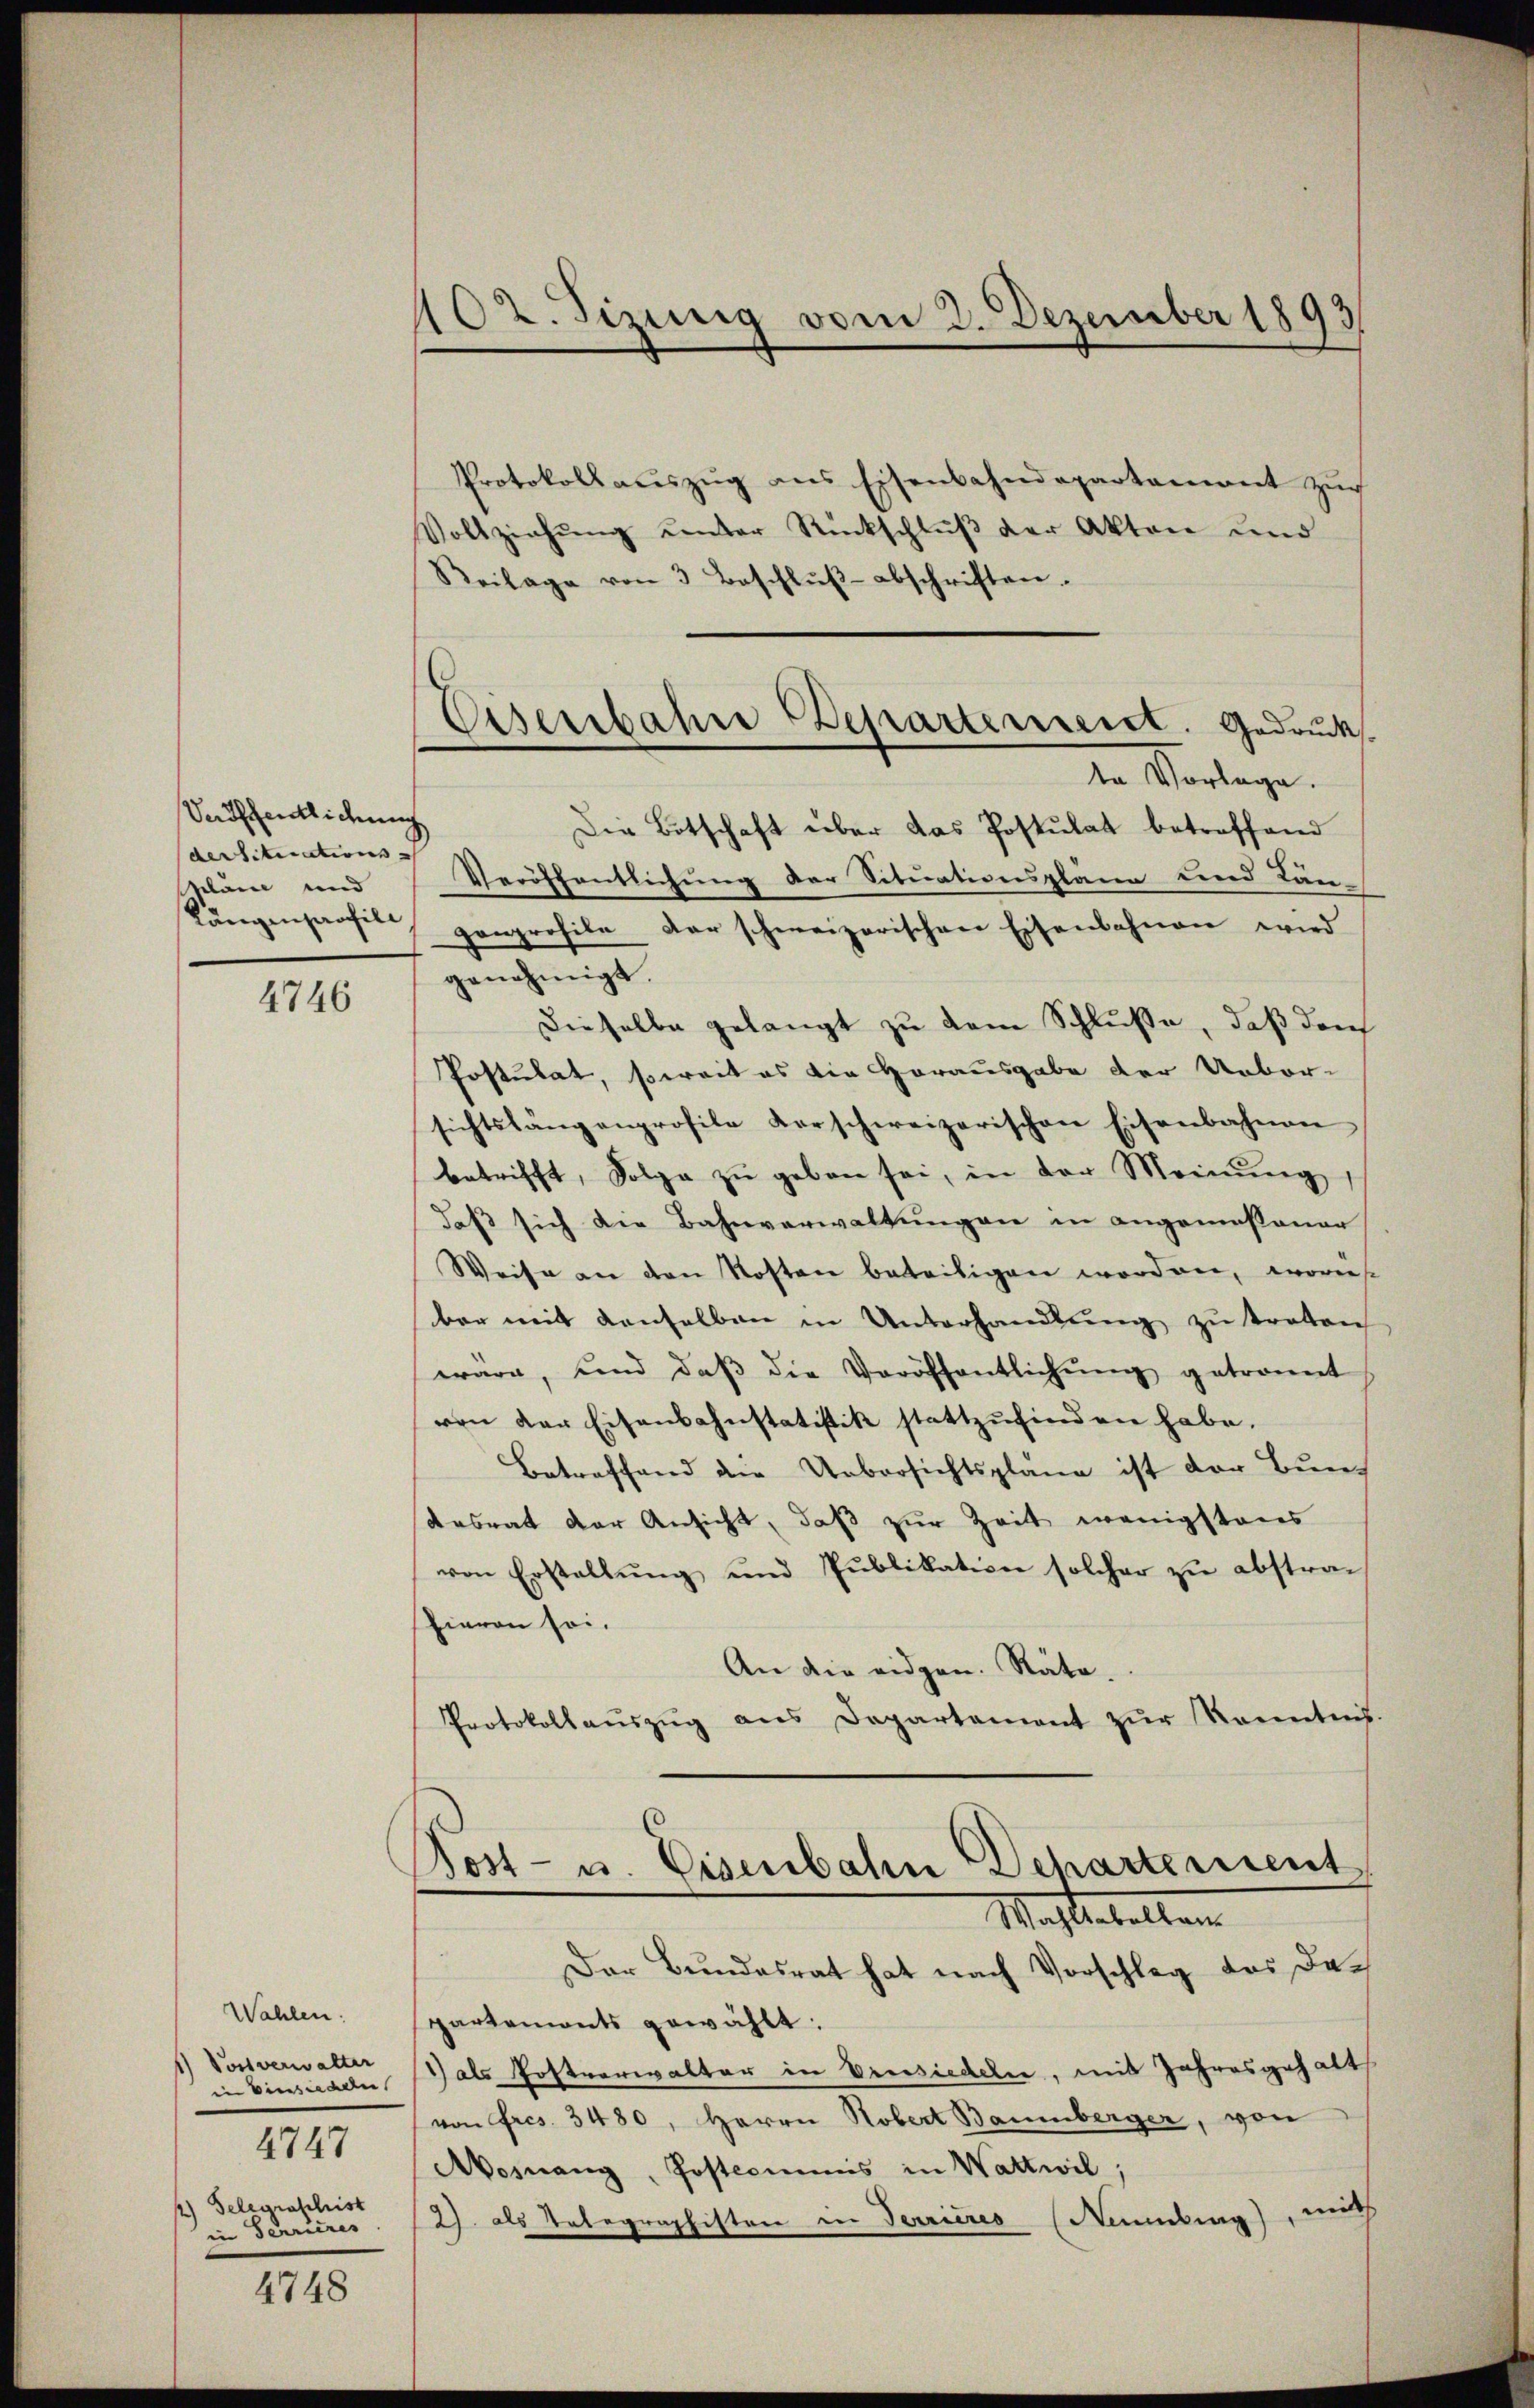
Seöffentlichung
der Situations-
pläne und
Längenpaafili

4746

Wahlen.
1) Vorverwalter
in Dienstalten |
4747
2) Gelegraschist
in Terrieres

4748

102. Sizung vom 3. Dezember 1893
1

Eisenbahre Departement. Gedruck
In Vorlage.
Die Botschaft über das Postulat betreffend

Protokoll aŭszŭg ans Eisenbahndepartament zŭr
Vollziehŭng ŭnter Rückschlŭβ der Akten und
Reilage von 3 Beschlŭβ- abschriften.
Veröffentlichung der Situationsplane und Län-
ganprofile der schweizerischen Eisenbahnen wird
genehmigt.
Dieselbe gelangt zu dem Schluße, daß der
Postulat, soweit es die Horausgabe der Ueber-
sichtslängenprofile Vorschweizerischen Eisenbahnen
betrifft, Folge zŭ geben sei, in der Meinŭng,
daß sich die Bahnverwaltungen in angemessener
Weise an den Kosten beteiligen worden, worins
ber mit denselben in Unterhandlung zu treten
wäre, und daβ die Veröffentlichŭng getronnt
von der Eisenbahnstatistik stattzŭfinden habe.
Betreffend die Uebersichtsplane ist der Bundesrat der Ansicht, daß zur Zeit wenigstens
von Erstellŭng und Publikation solcher zŭ abstra-
hieren sei.
An die eidgen. Räte.
Protokollaŭszŭg ans Departement zŭr Kenntnis.
Post- u. Eisenbahn Departement
Machtestellen
Der Bundesrat hat nach Vorschlag des Departements gewählt.
1) als Postverwalter in Versiedeler, mit Jahresgehalt
von Fres. 3480, Herrn Hobert Baumberger, von
Mosnang, Postcommis in Wattwil;
2) als Telegraphisten in Terrieres (Neuenburg), welch